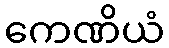
ကေဏိယံ